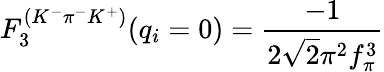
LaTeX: F_{3}^{(K^{-}\pi^{-}K^{+})}(q_{i}=0)=\frac{-1}{2\sqrt{2}\pi^{2}f_{\pi}^{3}}